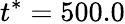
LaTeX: t^{*}=500.0